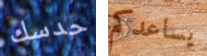
حدسك يساعدكم